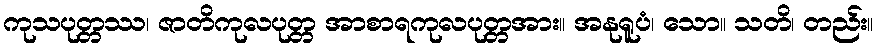
ကုသပုတ္တဿ၊ ဇာတိကုလပုတ္တ အာစာရကုလပုတ္တအား။ အနုရူပံ၊ သော။ သတိ၊ တည်း။